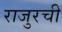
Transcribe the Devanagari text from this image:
राजुरची